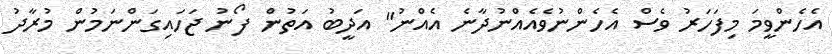
އެހެންވީމަ މިފަހަރު ވެސް އެހެންނުވެއެއްނުދާނެ އެއްނު" އަދީބު އަތުން ފޯނު ޖަހައިގަންނަމުން މުރާދު